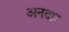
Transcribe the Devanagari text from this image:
अनदार